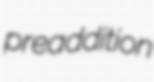
preaddition